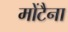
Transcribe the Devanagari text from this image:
मोंटैना